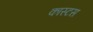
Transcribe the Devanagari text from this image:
कास्टस